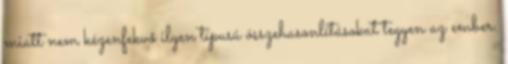
miatt nem kézenfekvő ilyen típusú összehasonlításokat tegyen az ember.